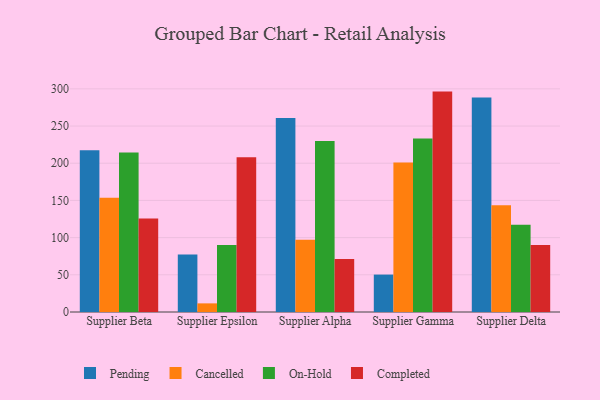
{"axis": {"x": "Supplier", "y": "Demand Index"}, "legend": ["Cancelled", "Completed", "On-Hold", "Pending"], "data": [{"x": "Supplier Beta", "y": 217.4, "type": "Pending"}, {"x": "Supplier Beta", "y": 153.6, "type": "Cancelled"}, {"x": "Supplier Beta", "y": 214.4, "type": "On-Hold"}, {"x": "Supplier Beta", "y": 125.6, "type": "Completed"}, {"x": "Supplier Epsilon", "y": 77.2, "type": "Pending"}, {"x": "Supplier Epsilon", "y": 11.6, "type": "Cancelled"}, {"x": "Supplier Epsilon", "y": 90.1, "type": "On-Hold"}, {"x": "Supplier Epsilon", "y": 208.1, "type": "Completed"}, {"x": "Supplier Alpha", "y": 260.7, "type": "Pending"}, {"x": "Supplier Alpha", "y": 97.0, "type": "Cancelled"}, {"x": "Supplier Alpha", "y": 229.9, "type": "On-Hold"}, {"x": "Supplier Alpha", "y": 71.3, "type": "Completed"}, {"x": "Supplier Gamma", "y": 50.3, "type": "Pending"}, {"x": "Supplier Gamma", "y": 201.1, "type": "Cancelled"}, {"x": "Supplier Gamma", "y": 233.3, "type": "On-Hold"}, {"x": "Supplier Gamma", "y": 296.3, "type": "Completed"}, {"x": "Supplier Delta", "y": 288.3, "type": "Pending"}, {"x": "Supplier Delta", "y": 143.5, "type": "Cancelled"}, {"x": "Supplier Delta", "y": 117.4, "type": "On-Hold"}, {"x": "Supplier Delta", "y": 90.1, "type": "Completed"}]}